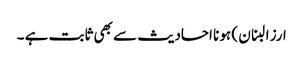
ارز البنان ) ہو نا احادیث سے بھی ثابت ہے ۔